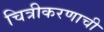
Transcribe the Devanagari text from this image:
चित्रीकरणाची